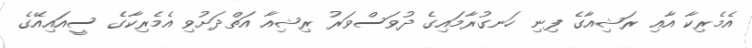
އެމެރިކާ އާއި ރަޝިއާގެ ފިނި ހަނގުރާމައިގެ ދުވަސްވަރު ރިޝިއާ އަތްދަށުވި އެމެރިކާގެ ސީއައިއޭގެ